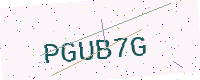
Text: PGUB7G